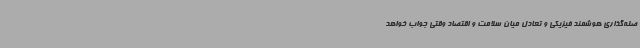
صله‌گذاری هوشمند فیزیکی و تعادل میان سلامت و اقتصاد وقتی جواب خواهد